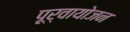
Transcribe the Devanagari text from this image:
पूर्वायोजन